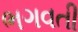
ભગવતી